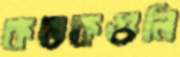
কতকগুলি